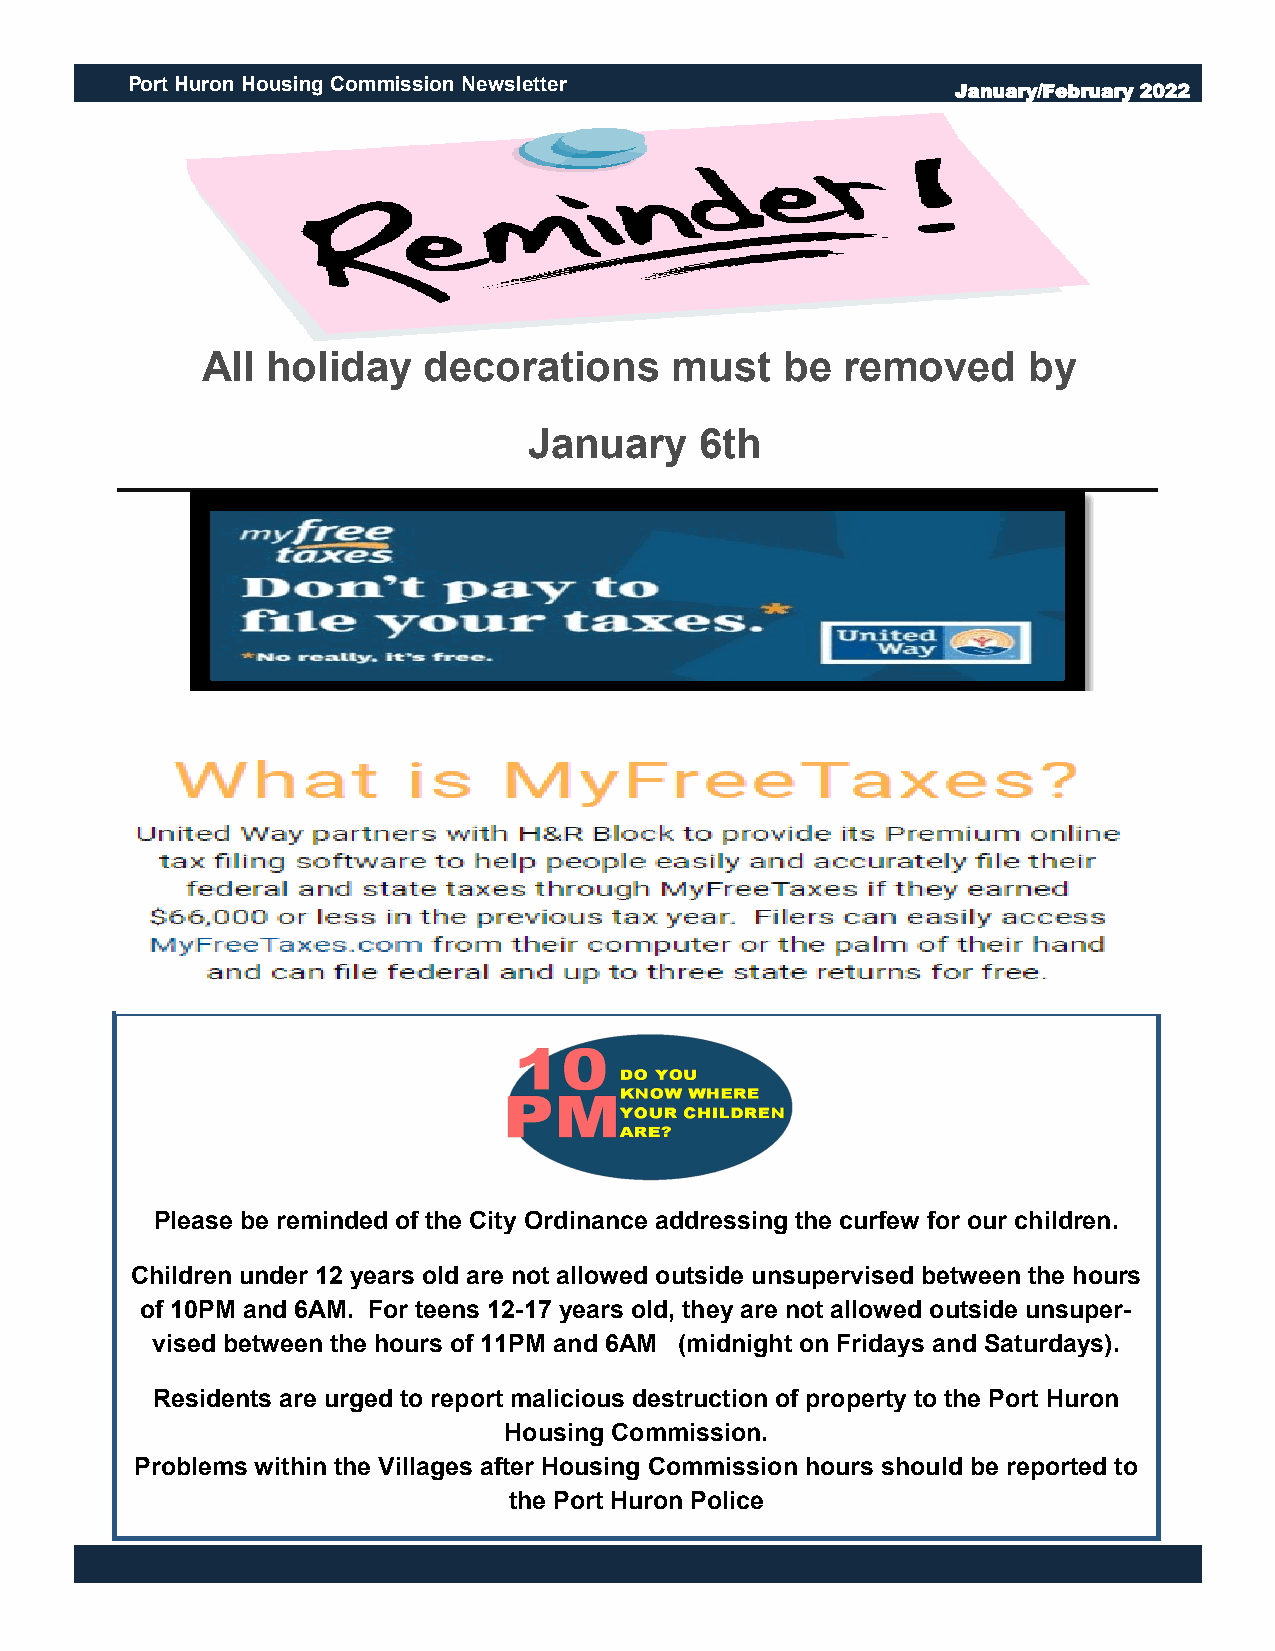
Port Huron Housing Commission Newsletter
 January/February 2022
 All  holiday   decorations     must    be  removed     by
 January    6th
 Please be reminded of the City Ordinance addressing the curfew for our children.
 Children under 12 years old are not allowed outside unsupervised between the hours
 of 10PM and 6AM. For teens 12-17 years old, they are not allowed outside unsuper-
 vised between the hours of 11PM and 6AM (midnight on Fridays and Saturdays).
 Residents are urged to report malicious destruction of property to the Port Huron
 Housing Commission.
 Problems within the Villages after Housing Commission hours should be reported to
 the Port Huron Police